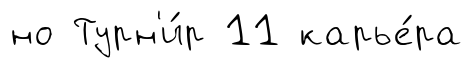
но Турн'и́р 11 карье́ра